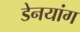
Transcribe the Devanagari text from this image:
डेनयांग